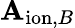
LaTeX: \mathbf{A}_{\mathrm{{ion}},B}